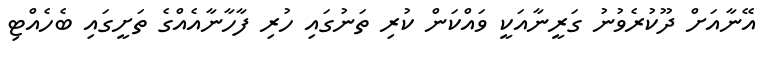
އޭނާއަށް ދޫކުރެވުނު ގަރީނާއަކީ ވައްކަން ކުރި ތަނުގައި ހުރި ފާހާނާއެއްގެ ތަށީގައި ބެހެއްޓި